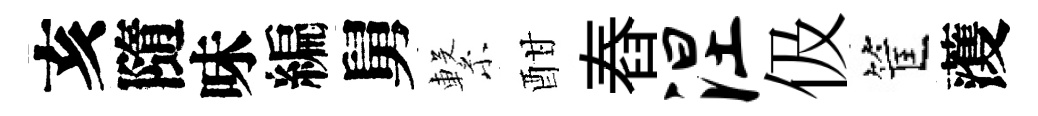
亥隨味編舅繋酣舂涅伋筐𮑮